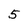
Character: 5